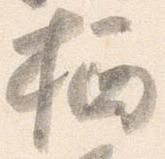
栖